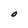
Character: O